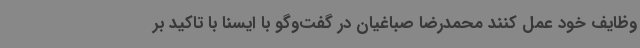
وظایف خود عمل کنند محمدرضا صباغیان در گفت‌وگو با ایسنا با تاکید بر